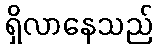
ရှိလာနေသည်